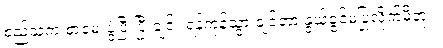
စည်သူက စာမေးပွဲပြီးပြီးချင်း ရန်ကုန်သွားချင်တာ နွယ်ခွင့်မပြုလိုက်မိဘူး။